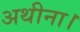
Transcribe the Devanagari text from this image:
अथीना।